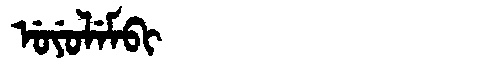
Manchu: ᡠᠶᡠᠯᡝᠮᠪᡳ
Romanization: UYULEMBI